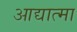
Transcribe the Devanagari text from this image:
आद्यात्मा